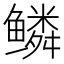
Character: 鳞